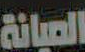
الصيانة